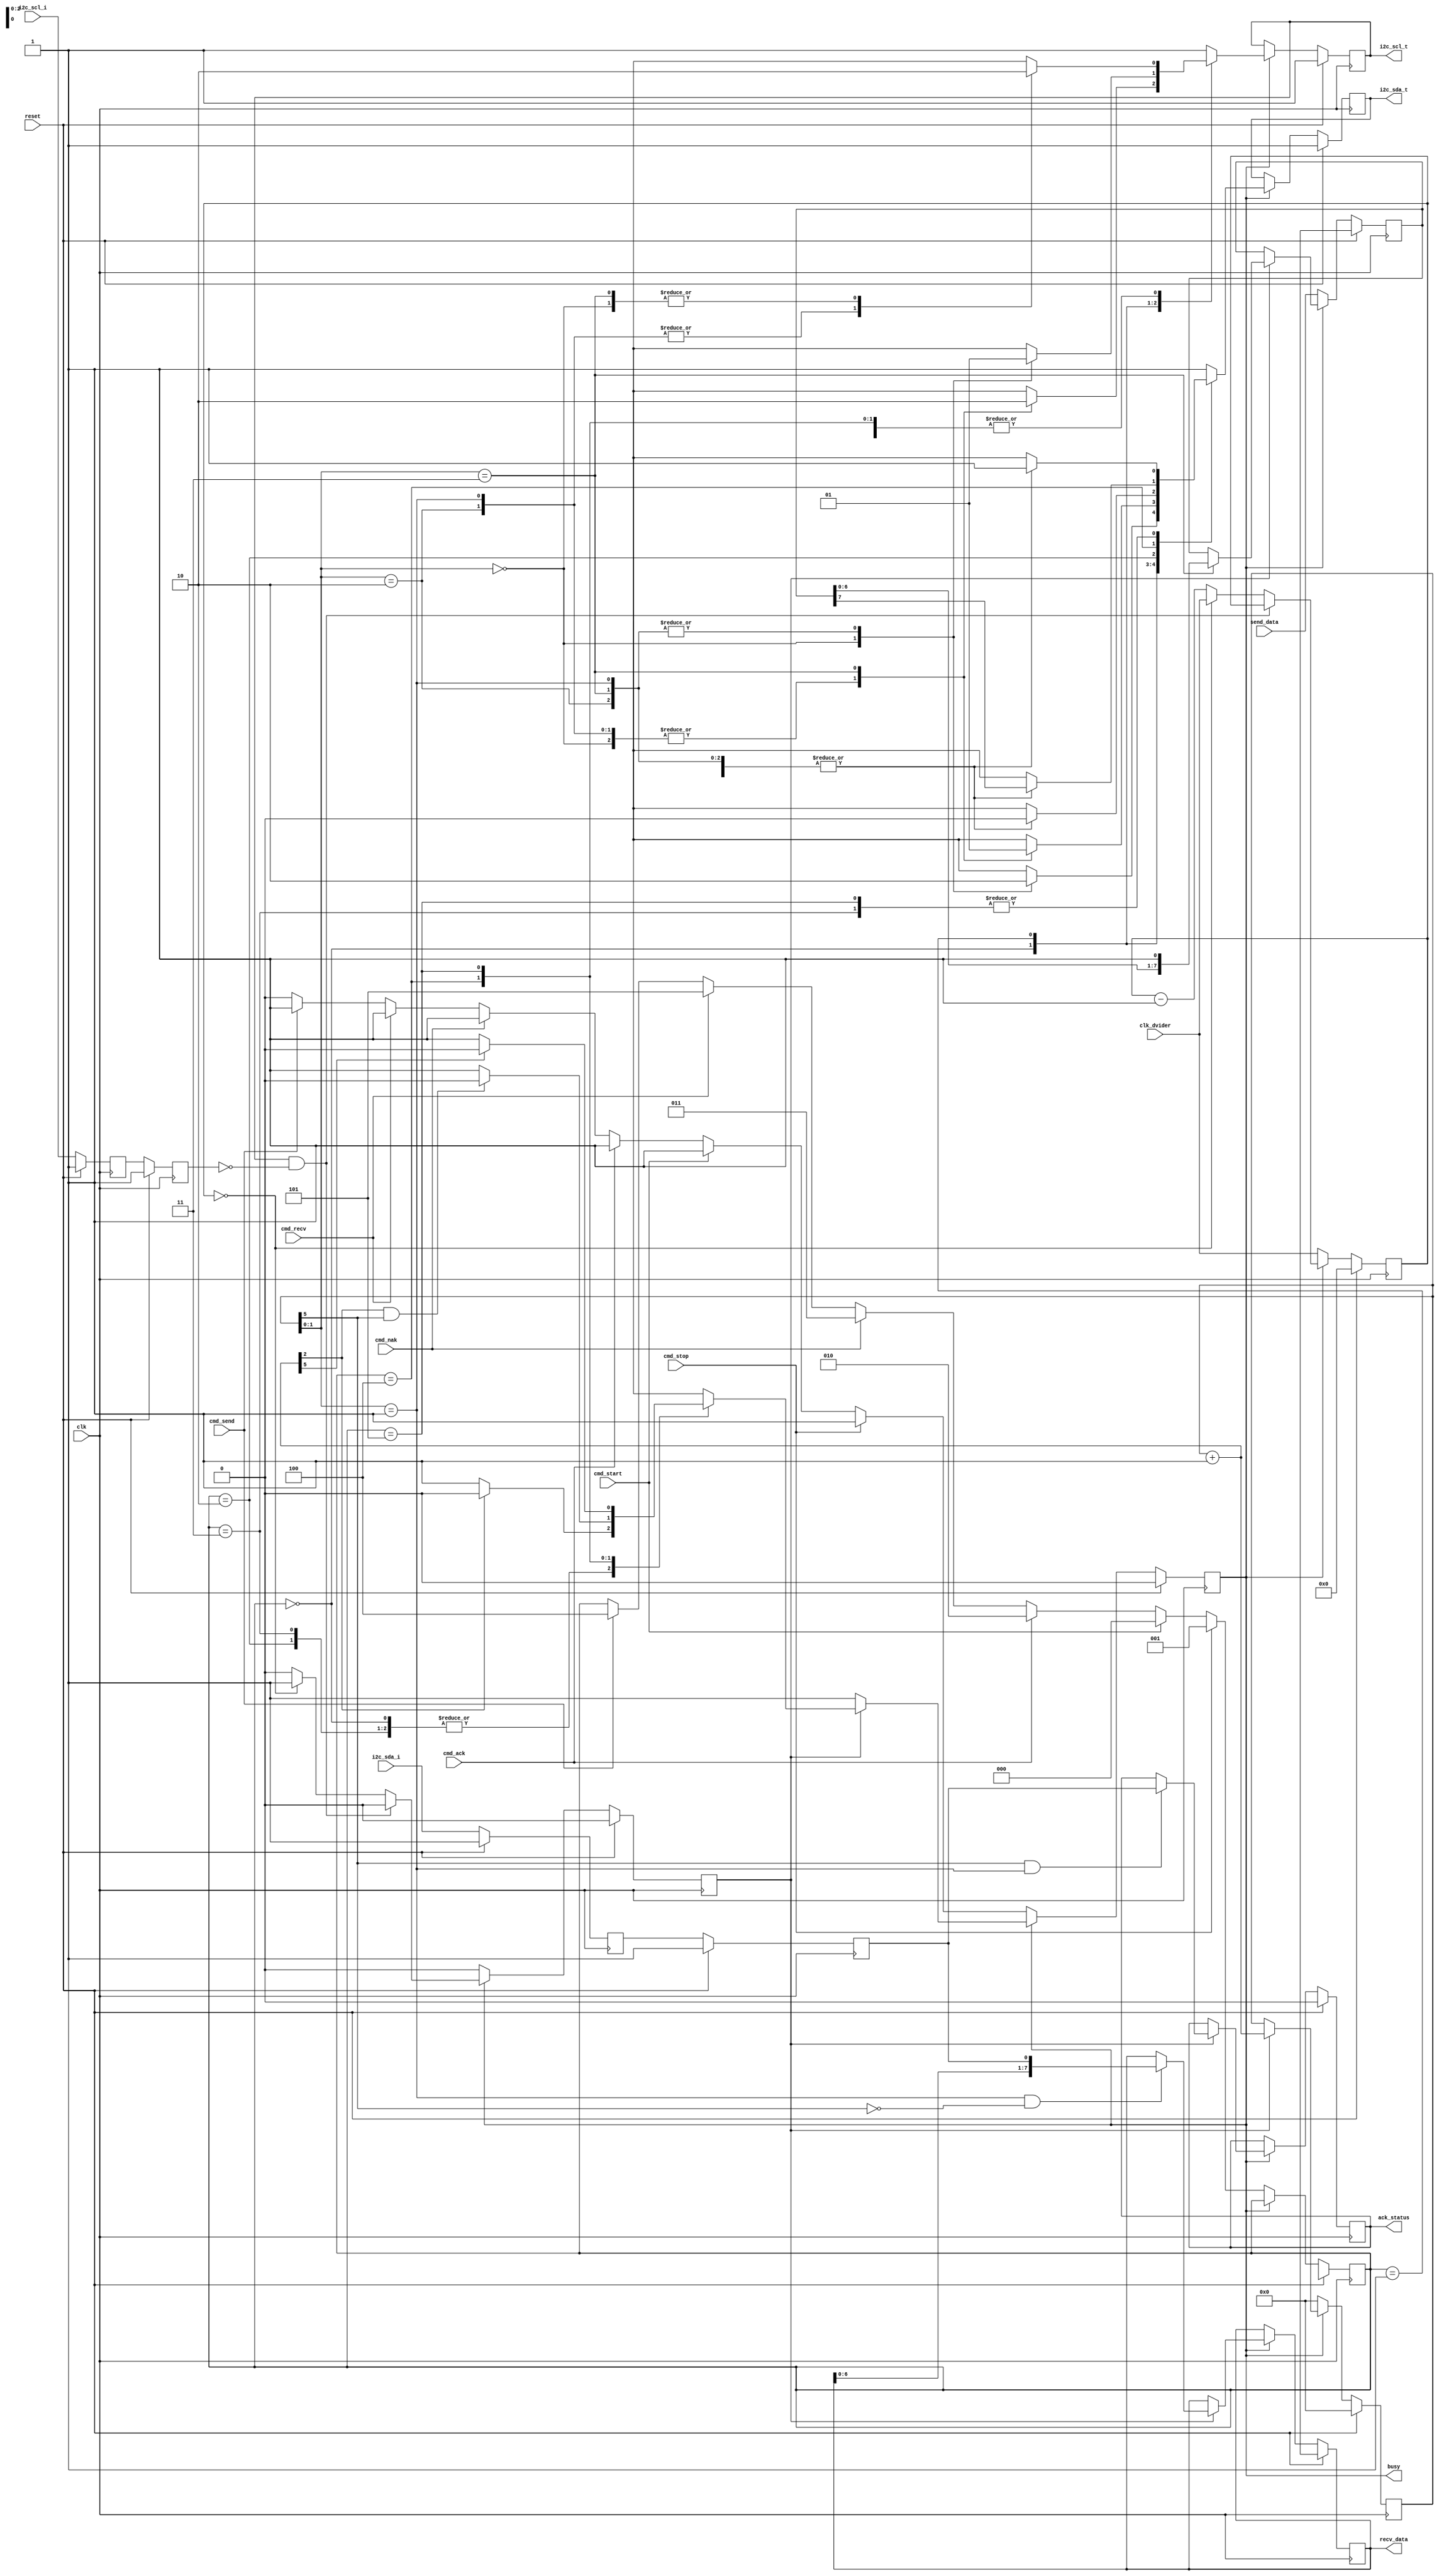
// This program was cloned from: https://github.com/ryuz/jelly
// License: MIT License

// ---------------------------------------------------------------------------
//  Jelly  -- The platform for real-time computing
//
//                                 Copyright (C) 2008-2015 by Ryuz
//                                 https://github.com/ryuz/jelly.git
// ---------------------------------------------------------------------------



`timescale       1ns / 1ps
`default_nettype none



// I2C
module jelly_i2c_core
        #(
            parameter                           DIVIDER_WIDTH = 16
        )
        (
            input   wire                        reset,
            input   wire                        clk,
            
            input   wire    [DIVIDER_WIDTH-1:0] clk_dvider,
            
            output  wire                        i2c_scl_t,
            input   wire                        i2c_scl_i,
            output  wire                        i2c_sda_t,
            input   wire                        i2c_sda_i,
            
            input   wire                        cmd_start,
            input   wire                        cmd_stop,
            input   wire                        cmd_ack,
            input   wire                        cmd_nak,
            input   wire                        cmd_recv,
            input   wire                        cmd_send,
            
            output  wire    [7:0]               recv_data,
            input   wire    [7:0]               send_data,
            output  wire                        ack_status,
            
            output  wire                        busy
        );
    
    
    // state
    localparam  [2:0]   ST_START = 3'd0, ST_STOP = 3'd1, ST_ACK = 3'd2, ST_NAK = 3'd3, ST_SEND = 3'd4, ST_RECV = 3'd5;
    
    reg                             reg_busy;
    reg     [2:0]                   reg_state;
    reg     [5:0]                   reg_counter;
    
    // output register
    reg                             reg_sda_t;
    reg                             reg_scl_t;
    
    // input double latch
    reg                             reg_scl0_i;
    reg                             reg_sda0_i;
    reg                             reg_scl_i;
    reg                             reg_sda_i;

    // clock dvider
    reg     [DIVIDER_WIDTH-1:0]     reg_clk_counter;
    reg                             reg_clk_triger;
    
    
    // input double latch
    always @ (posedge clk) begin
        if ( reset ) begin
            reg_scl0_i <= 1'b1;
            reg_sda0_i <= 1'b1;
            reg_scl_i  <= 1'b1;
            reg_sda_i  <= 1'b1;
        end
        else begin
            reg_scl0_i <= i2c_scl_i;
            reg_sda0_i <= i2c_sda_i;
            reg_scl_i  <= reg_scl0_i;
            reg_sda_i  <= reg_sda0_i;
        end
    end
    
    // clock dvider
    always @( posedge clk ) begin
        if ( reset ) begin
            reg_clk_counter <= 0;
            reg_clk_triger  <= 1'b0;
        end
        else begin
            if ( reg_busy ) begin
                if ( !(reg_scl_t == 1'b1 && reg_scl_i == 1'b0) ) begin
                    if ( reg_clk_counter == 0 ) begin
                        reg_clk_counter <= clk_dvider;
                        reg_clk_triger  <= 1'b1;
                    end
                    else begin
                        reg_clk_counter <= reg_clk_counter - 1'b1;
                        reg_clk_triger  <= 1'b0;                        
                    end
                end
                else begin
                    reg_clk_triger  <= 1'b0;
                end
            end
            else begin
                // idle
                reg_clk_counter <= clk_dvider;
                reg_clk_triger  <= 1'b0;
            end
        end
    end
    
    
    // state machine
    reg     [7:0]   reg_recv_data;
    reg     [7:0]   reg_send_data;
    reg             reg_ack_status;
    
    wire    [5:0]   next_counter;
    assign next_counter = reg_counter + 1'b1;
    
    always @( posedge clk ) begin
        if ( reset ) begin
            reg_busy       <= 1'b0;
            reg_state      <= 3'bxxx;
            reg_counter    <= 0;
            reg_recv_data  <= 8'hxx;
            reg_send_data  <= 8'hxx;
            reg_ack_status <= 1'b0;
        end
        else begin
            if ( !reg_busy ) begin
                if      ( cmd_stop  ) begin reg_state <= ST_STOP;  reg_busy <= 1'b1; end
                else if ( cmd_start ) begin reg_state <= ST_START; reg_busy <= 1'b1; end
                else if ( cmd_ack   ) begin reg_state <= ST_ACK;   reg_busy <= 1'b1; end
                else if ( cmd_nak   ) begin reg_state <= ST_NAK;   reg_busy <= 1'b1; end
                else if ( cmd_recv  ) begin reg_state <= ST_RECV;  reg_busy <= 1'b1; end
                else if ( cmd_send  ) begin reg_state <= ST_SEND;  reg_busy <= 1'b1; end
                
                reg_send_data <= send_data;
                reg_counter   <= 6'd0;
            end
            else begin
                if ( reg_clk_triger ) begin
                    reg_counter <= next_counter;
                    case ( reg_state )
                    ST_START:   if ( next_counter[2] )                  reg_busy <= 1'b0;   // reg_counter == 3
                    ST_STOP:    if ( next_counter[2] )                  reg_busy <= 1'b0;   // reg_counter == 3
                    ST_ACK:     if ( next_counter[2] )                  reg_busy <= 1'b0;   // reg_counter == 3
                    ST_NAK:     if ( next_counter[2] )                  reg_busy <= 1'b0;   // reg_counter == 3
                    ST_SEND:    if ( next_counter[2] & reg_counter[5] ) reg_busy <= 1'b0;   // reg_counter == 35
                    ST_RECV:    if ( next_counter[5])                   reg_busy <= 1'b0;   // reg_counter == 31
                    default:                                            reg_busy <= 1'bx;
                    endcase
                    
                    if ( reg_counter[1:0] == 2'b01 && !reg_counter[5] ) begin
                        reg_recv_data <= {reg_recv_data[6:0], reg_sda_i};
                    end
                    if ( reg_counter[1:0] == 2'b11 ) begin
                        reg_send_data[7:0] <= {reg_send_data[6:0], 1'b1};
                    end
                    if ( reg_counter[5] && reg_counter[1:0] == 2'b01 ) begin
                        reg_ack_status <= reg_sda_i;
                    end
                end
            end
        end
    end
    
    // output
    always @( posedge clk ) begin
        if ( reset ) begin
            reg_scl_t     <= 1'b1;
            reg_sda_t     <= 1'b1;
        end
        else begin
            if ( reg_busy ) begin
                case ( reg_state )
                ST_START:
                    case ( reg_counter[1:0] )
                    2'b00:   begin reg_scl_t <= 1'b1;  reg_sda_t <= 1'b1; end
                    2'b01:   begin reg_scl_t <= 1'b1;  reg_sda_t <= 1'b0; end
                    2'b10:   begin reg_scl_t <= 1'b1;  reg_sda_t <= 1'b0; end
                    2'b11:   begin reg_scl_t <= 1'b0;  reg_sda_t <= 1'b0; end
                    endcase
                
                ST_STOP:
                    case ( reg_counter[1:0] )
                    2'b00:   begin reg_scl_t <= 1'b0;  reg_sda_t <= 1'b0; end
                    2'b01:   begin reg_scl_t <= 1'b1;  reg_sda_t <= 1'b0; end
                    2'b10:   begin reg_scl_t <= 1'b1;  reg_sda_t <= 1'b0; end
                    2'b11:   begin reg_scl_t <= 1'b1;  reg_sda_t <= 1'b1; end
                    endcase

                ST_ACK:
                    case ( reg_counter[1:0] )
                    2'b00:   begin reg_scl_t <= 1'b0;  reg_sda_t <= 1'b0; end
                    2'b01:   begin reg_scl_t <= 1'b1;  reg_sda_t <= 1'b0; end
                    2'b10:   begin reg_scl_t <= 1'b1;  reg_sda_t <= 1'b0; end
                    2'b11:   begin reg_scl_t <= 1'b0;  reg_sda_t <= 1'b0; end
                    endcase
                
                ST_NAK:
                    case ( reg_counter[1:0] )
                    2'b00:   begin reg_scl_t <= 1'b0;  reg_sda_t <= 1'b1; end
                    2'b01:   begin reg_scl_t <= 1'b1;  reg_sda_t <= 1'b1; end
                    2'b10:   begin reg_scl_t <= 1'b1;  reg_sda_t <= 1'b1; end
                    2'b11:   begin reg_scl_t <= 1'b0;  reg_sda_t <= 1'b1; end
                    endcase

                ST_SEND:
                    case ( reg_counter[1:0] )
                    2'b00:   begin reg_scl_t <= 1'b0; reg_sda_t <= reg_send_data[7]; end
                    2'b01:   begin reg_scl_t <= 1'b1; reg_sda_t <= reg_send_data[7]; end
                    2'b10:   begin reg_scl_t <= 1'b1; reg_sda_t <= reg_send_data[7]; end
                    2'b11:   begin reg_scl_t <= 1'b0; reg_sda_t <= reg_send_data[7]; end
                    endcase
                
                ST_RECV:
                    case ( reg_counter[1:0] )
                    2'b00:   begin reg_scl_t <= 1'b0; reg_sda_t <= 1'b1; end
                    2'b01:   begin reg_scl_t <= 1'b1; reg_sda_t <= 1'b1; end
                    2'b10:   begin reg_scl_t <= 1'b1; reg_sda_t <= 1'b1; end
                    2'b11:   begin reg_scl_t <= 1'b0; reg_sda_t <= 1'b1; end
                    endcase
                
                default:
                    begin
                        reg_scl_t     <= 1'b1;
                        reg_sda_t     <= 1'b1;                      
                    end
                endcase
            end
        end
    end
    
    assign i2c_scl_t  = reg_scl_t;
    assign i2c_sda_t  = reg_sda_t;
    assign recv_data  = reg_recv_data;
    assign ack_status = reg_ack_status;
    assign busy       = reg_busy;
    
endmodule


`default_nettype wire


// end of file